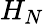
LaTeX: H_{N}